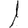
Digit: 1